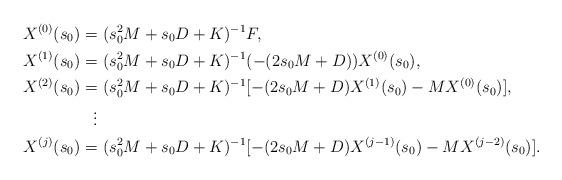
LaTeX: \begin{align*}X^{(0)}(s_{0})=& \ (s_{0}^{2}M+s_{0}D+K)^{-1}F, \\ X^{(1)}(s_{0})=& \ (s_{0}^{2}M+s_{0}D+K)^{-1}(-(2s_{0}M+D))X^{(0)}(s_{0}), \\ X^{(2)}(s_{0})=& \ (s_{0}^{2}M+s_{0}D+K)^{-1}[-(2s_{0}M+D)X^{(1)}(s_{0})-MX^{(0)}(s_{0})], \\ \vdots \\ X^{(j)}(s_{0})= & \ (s_{0}^{2}M+s_{0}D+K)^{-1}[-(2s_{0}M+D)X^{(j-1)}(s_{0}) -MX^{(j-2)}(s_{0})].\end{align*}